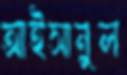
আইসানুল